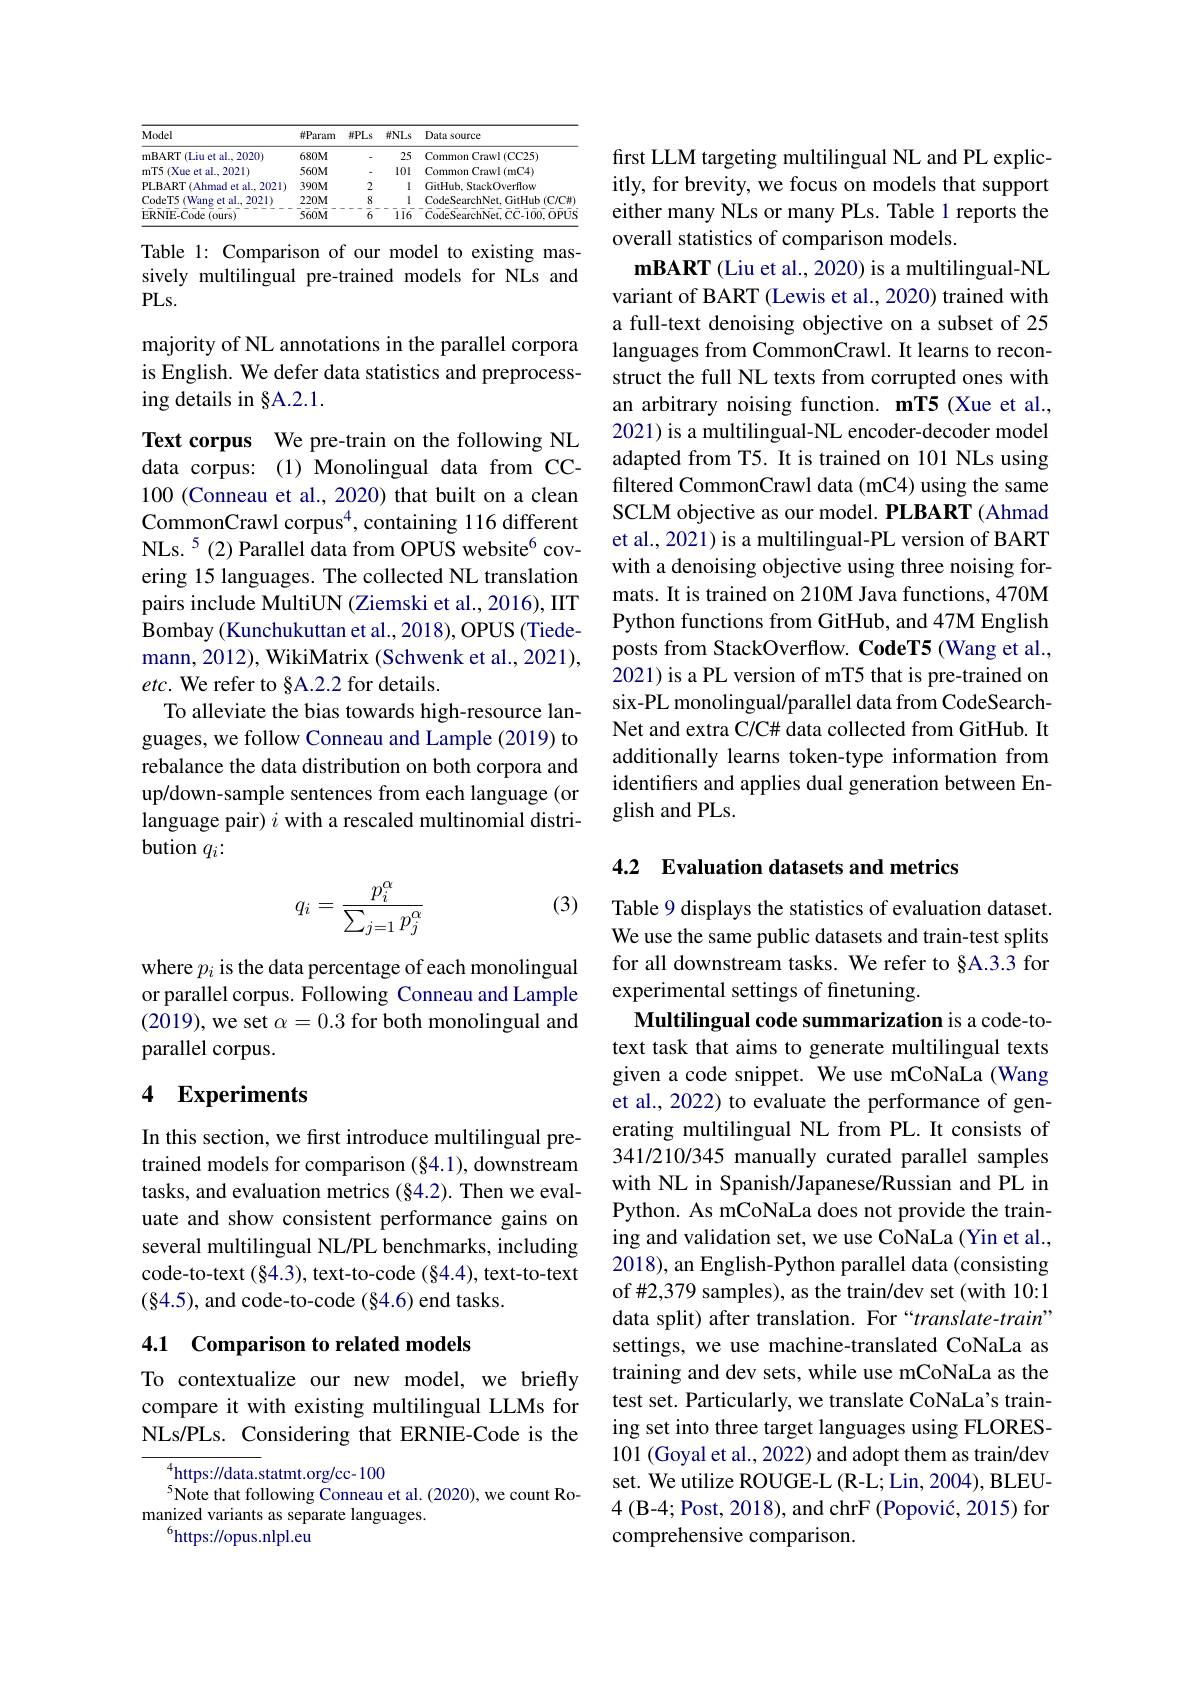
<table>
	<tbody>
		<tr>
			<th>Model</th>
			<th>排Param</th>
			<th>$\#PLs$</th>
			<th>$\#NLs$</th>
			<th>Data source</th>
		</tr>
		<tr>
			<td>nBART (Liu et al., 2020) TI</td>
			<td>$680M$</td>
			<td>-</td>
			<td>25</td>
			<td>Common Crawl (CC25)</td>
		</tr>
		<tr>
			<td>nT5 (Xue et al., 2021)</td>
			<td>$560M$</td>
			<td>-</td>
			<td>101</td>
			<td>Common Crawl (mC4)</td>
		</tr>
		<tr>
			<td>$PLBART(Ahmad~et~al.,~2021)$</td>
			<td>$390M$</td>
			<td>2</td>
			<td>I</td>
			<td>GitHub, StackOverflow</td>
		</tr>
		<tr>
			<td>CodeT5 、 (Wang et al., 2021)</td>
			<td>$220M$</td>
			<td>8</td>
			<td>I</td>
			<td>CodeSearchNet, GitHub(C/C#)</td>
		</tr>
		<tr>
			<td>ERNIE-Code ${\mathrm{e}}($ours)</td>
			<td>$560M$</td>
			<td>$\bar{6}$</td>
			<td>$\bar{11}\bar{6}$ - 、 $-\frac{1}{2}$</td>
			<td>$\bar{\text{CodeSearchNet}}$ $\mathbf{CC-100.OPUS}$</td>
		</tr>
	</tbody>
</table>

Table 1: Comparison of our model to existing massively multilingual pre-trained models for NLs and $PLs.$

majority of NL annotations in the parallel corpora is English. We defer data statistics and preprocessing details in §A.2.1.

Text corpus We pre-train on the following NL data corpus:(1) Monolingual data from CC- 100 (Conneau et al., 2020) that built on a clean CommonCrawl corpus$^4$,containing 116 different NLs.$^{5}(2)$Parallel data from OPUS website$^{6}$covering 15 languages. The collected NL translation pairs include MultiUN (Ziemski et al., 2016), IIT Bombay (Kunchukuttan et al., 2018), OPUS (Tiedemann, 2012), WikiMatrix (Schwenk et al., 2021), etc. We refer to §A.2.2 for details.
To alleviate the bias towards high-resource languages, we follow Conneau and Lample (2019) to rebalance the data distribution on both corpora and up/down-sample sentences from each language (or language pair) $i$ with a rescaled multinomial distribution $q_i:$

(3)
$$q_i=\frac{p_i^\alpha}{\sum_{j=1}p_j^\alpha}$$
where $p_i$ is the data percentage of each monolingual or parallel corpus. Following Conneau and Lample (2019), we set $\alpha=0.3$ for both monolingual and parallel corpus.

## 4 Experiments

In this section, we frst introduce multilingual pretrained models for comparison (§4.1), downstream tasks, and evaluation metrics (§4.2). Then we evaluate and show consistent performance gains on several multilingual NL/PL benchmarks, including code-to-text (§4.3), text-to-code (§4.4), text-to-text $(\S4.5)$, and code-to-code $(\S4.6)$ end tasks.

## 4.1 Comparison to related models

To contextualize our new model, we briefly compare it with existing multilingual LLMs for NLs/PLs. Considering that ERNIE-Code is the

$^{4}$https://data.statmt.org/cc-100
$^{5}$Note that following Conneau et al. (2020), we count Ro-
manized variants as separate languages.
$^{6}$https://opus.nlpl.eu

first LLM targeting multilingual NL and PL explicitly, for brevity, we focus on models that support either many NLs or many PLs. Table 1 reports the overall statistics of comparison models.
$\mathbf{mBART}$ (Liu et al., 2020) is a multilingual-NL variant of BART (Lewis et al., 2020) trained with a full-text denoising objective on a subset of 25 languages from CommonCrawl. It learns to reconstruct the full NL texts from corrupted ones with an arbitrary noising function. mT5 (Xue et al., 2021) is a multilingual-NL encoder-decoder model adapted from T5. It is trained on 101 NLs using filtered CommonCrawl data (mC4) using the same SCLM objective as our model. PLBART (Ahmad et al., 2021) is a multilingual-PL version of BART with a denoising objective using three noising formats. It is trained on 210M Java functions, 470M Python functions from GitHub, and 47M English posts from StackOverflow. CodeT5 (Wang et al., 2021) is a PL version of mT5 that is pre-trained on six-PL monolingual/parallel data from CodeSearchNet and extra C/C# data collected from GitHub. It additionally learns token-type information from identifers and applies dual generation between English and PLs.

## 4.2 Evaluation datasets and metrics

Table 9 displays the statistics of evaluation dataset. We use the same public datasets and train-test splits for all downstream tasks. We refer to §A.3.3 for experimental settings of finetuning.
Multilingual code summarization is a code-totext task that aims to generate multilingual texts given a code snippet. We use mCoNaLa (Wang et al., 2022) to evaluate the performance of generating multilingual NL from PL. It consists of 341/210/345 manually curated parallel samples with NL in Spanish/Japanese/Russian and PL in Python. As mCoNaLa does not provide the training and validation set, we use CoNaLa (Yin et al., 2018), an English-Python parallel data (consisting of #2,379 samples), as the train/dev set (with 10:1 data split) after translation. For“translate-train” settings, we use machine-translated CoNaLa as training and dev sets, while use mCoNaLa as the test set. Particularly, we translate CoNaLa's training set into three target languages using FLORES- 101 (Goyal et al., 2022) and adopt them as train/dev set. We utilize ROUGE-L (R-L; Lin, 2004), BLEU- 4(B-4; Post, 2018), and chrF (Popović, 2015) for comprehensive comparison.